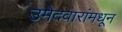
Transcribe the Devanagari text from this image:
उमेदवारांमधून